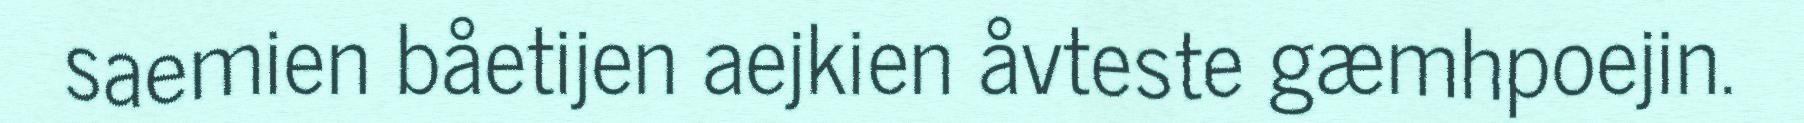
saemien båetijen aejkien åvteste gæmhpoejin.